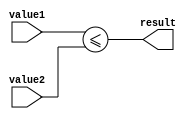
module less_than_or_equal_to_comparator(
    input [7:0] value1,
    input [7:0] value2,
    output result
);

assign result = (value1 <= value2);

endmodule